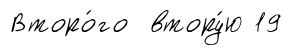
Второ́го втору́ю 19